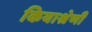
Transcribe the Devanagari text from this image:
कियाश्रेणी